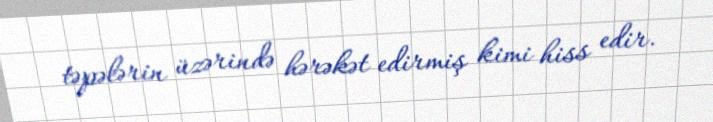
təpələrin üzərində hərəkət edirmiş kimi hiss edir.